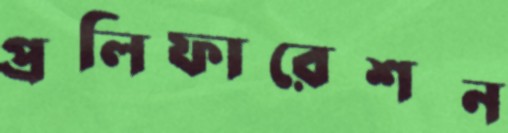
প্রলিফারেশন